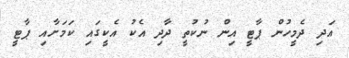
އަދި ދެމީހުން ޕާޓީ އިން ނުކުތީ ދާދި އެކު އެކީގައި ކަމަށާއި ޕާޓީ